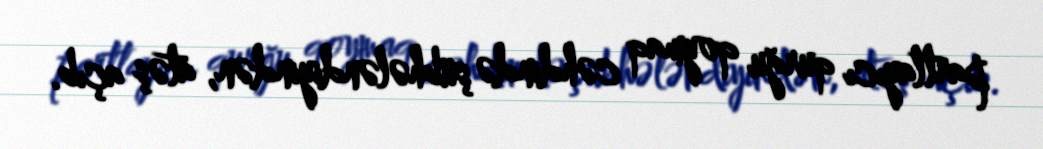
partlayıcı qurğu qoymaq cəhdində şübhələndiyindən, atəş açıb.